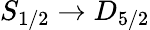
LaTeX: S_{1/2}\rightarrow D_{5/2}